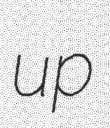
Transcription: up